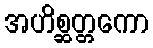
အဟိစ္ဆတ္တကော